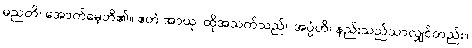
မညတိ၊ အောက်မေ့ဘိ၏။ ဧတံ အာယု၊ ထိုအသက်သည်။ အပ္ပံဟိ၊ နည်းသည်သာလျှင်တည်း။